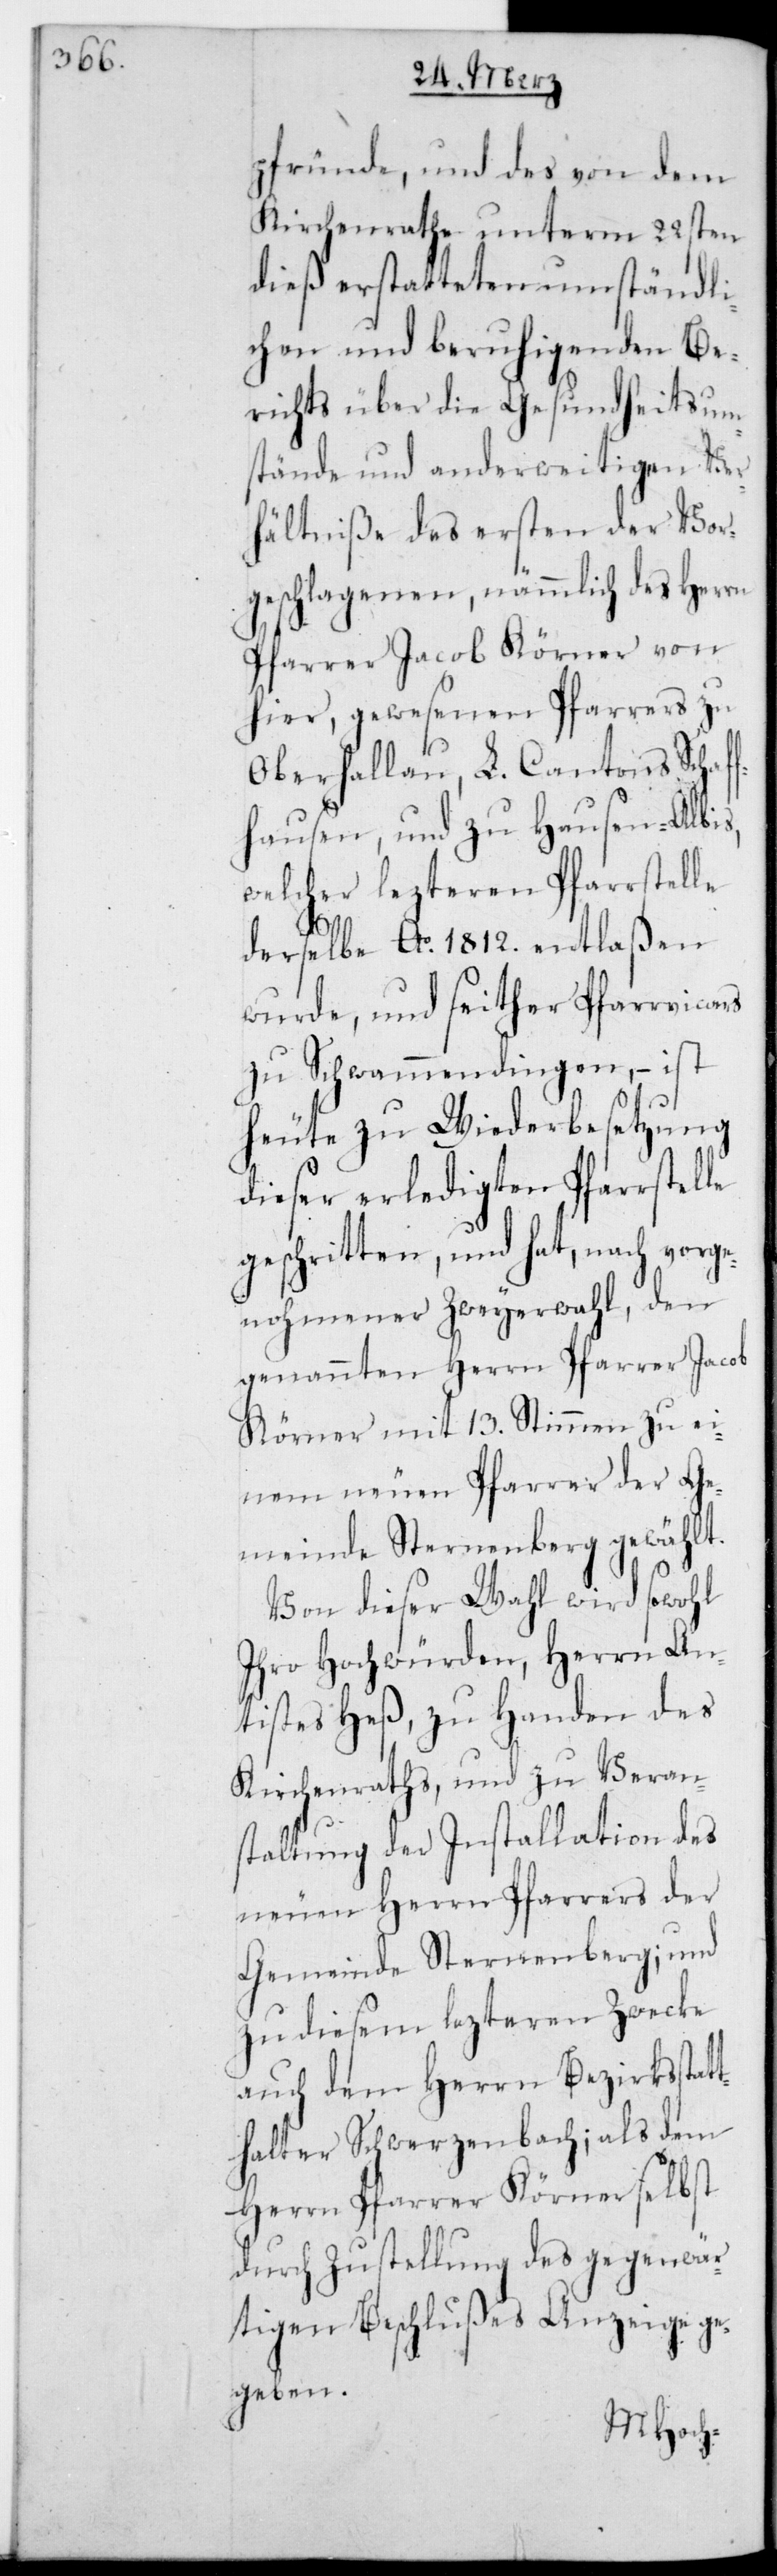
ius

pfründe, und des von dem
Kirchenrathe unterm 22sten
dieß erstatteten umständli¬
chen und beruhigenden Be¬
richts über die Gesundheitsum¬
stände und anderweitigen Ver¬
hältniße des ersten der Vor¬
geschlagenen, nämmlich des Herrn
Pfarrer Jacob Körner von
hier, gewesenen Pfarrers zu
Oberhallau, L. Cantons Schaf¬
fhausen, und zu Hausen-Albis,
welcher lezteren Pfarrstelle
derselbe Ao. 1812. entlaßen
wurde, und seither Pfarrvicar¬
zu Schwamendingen, – ist
heute zu Wiederbesetzung
dieser erledigten Pfarrstelle
geschritten, und hat, nach vorge¬
nohmener Zweyerwahl, den
genannten Herrn Pfarrer Jacob
Körner mit 13. Stimmen zu ei¬
nem neuen Pfarrer der Ge¬
meinde Sternenberg gewählt.
Von dieser Wahl wird sowohl
ihro Hochwürden, Herrn An¬
tistes Heß, zu Handen des
Kirchenraths und zu Veran¬
staltung der Installation des
neuen Herrn Pfarrers der
Gemeinde Sternenberg; und
zu diesem lezteren Zwecke
auch den Herrn Bezirksstat¬
thalter Schwerzenbach; als dem
Herrn Pfarrer Körner selbst
durch Zustellung des gegenwär¬
tigen Beschlußes Anzeige ge¬
geben.